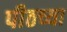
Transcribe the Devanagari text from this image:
पीठच्या